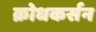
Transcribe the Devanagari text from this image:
क्रोधकर्सन